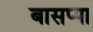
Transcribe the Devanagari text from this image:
बासप्पा